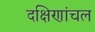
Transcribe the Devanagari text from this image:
दक्षिणांचल